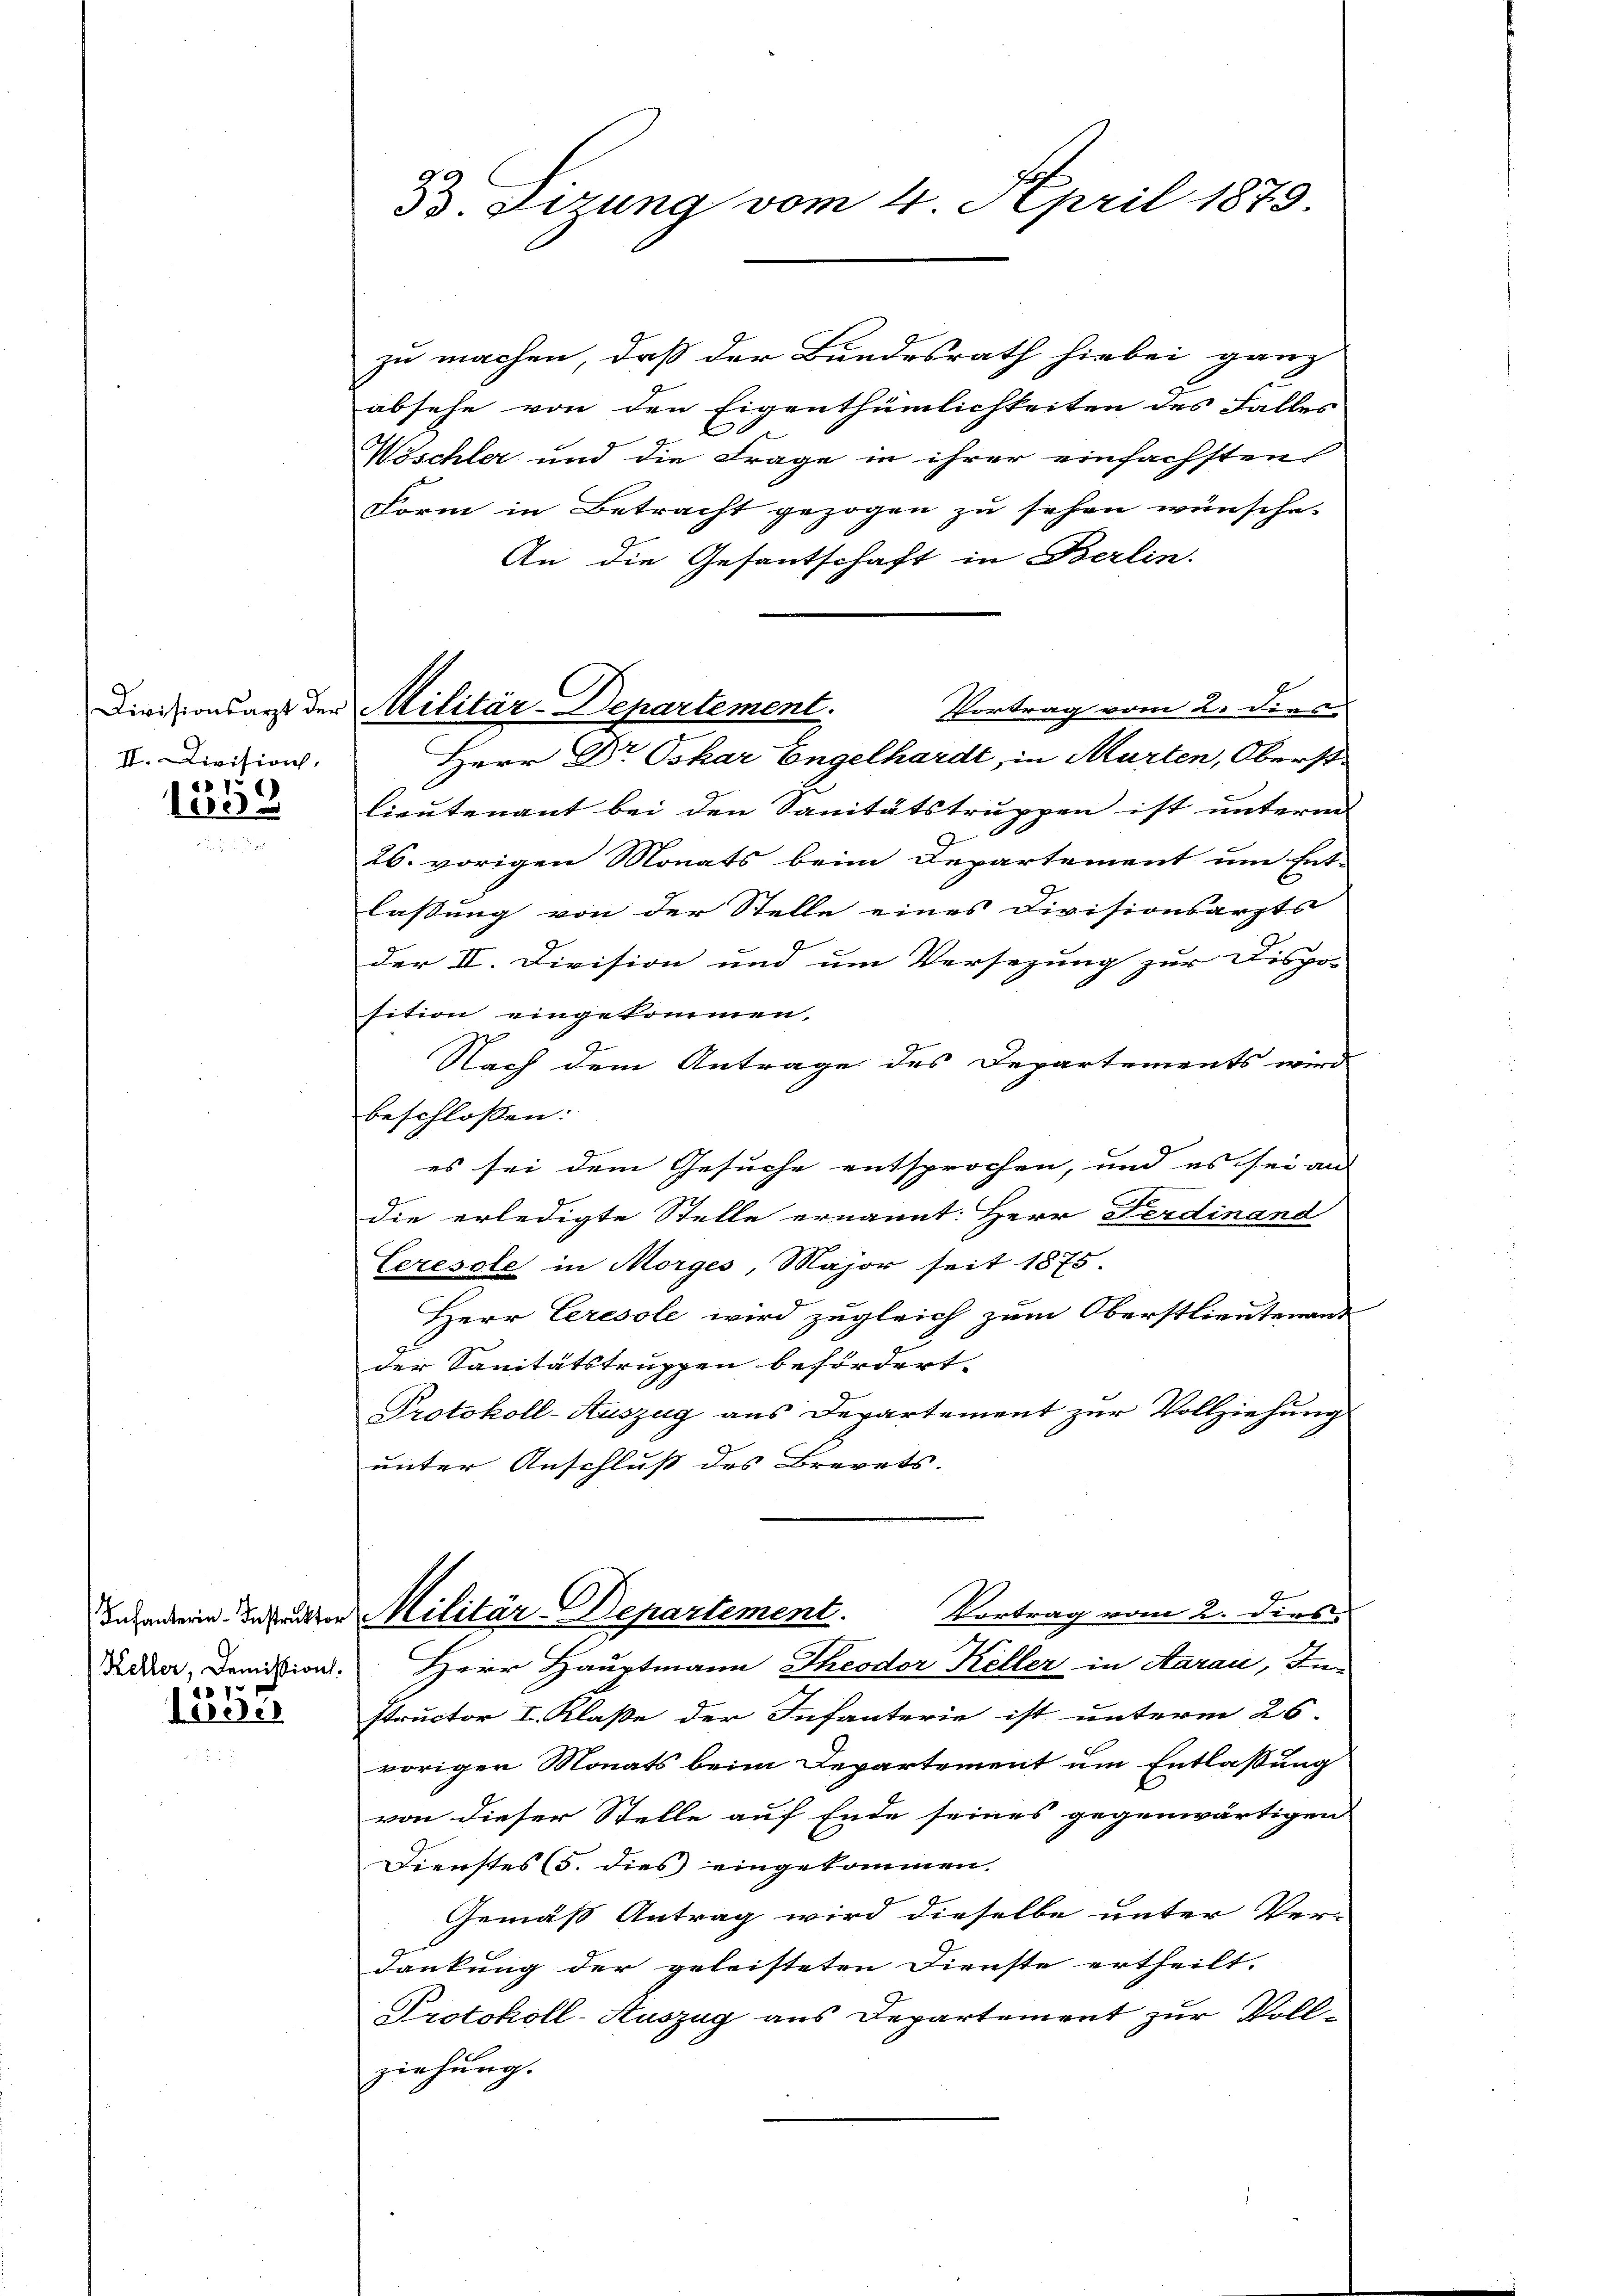
II. Division,

1559

löger

33. Tizung vom 4. April 1873.

zu machen, daß der Bundesrath hiebei ganz
absehe von den Eigenthümlichkeiten des Falles
Wöschler und die Frage in ihrer einfachsten
Form in Betracht gezogen zu sehen wünsche.
An die Gesantschaft in Berlin.
Vortrag vom 2. dies
Herr Dr. Oskar Engelhardt, in Marten, Oberst
lieutenant bei den Sanitätstruppen ist unterm
26. vorigen Monats beim Departement um Ent-
lassung von der Stelle eines Divisionsarzts
der II. Division und um Versezung zur Dispo- |
sition eingekommen.
Nach dem Antrage des Departements wird
beschlossen:
es sei dem Gesuche entsprochen, und es sei aus |
die erledigte Stelle ernannt: Herr Ferdinand
Ceresole in Morges, Major seit 1875.
Herr Ceresole wird zugleich zum Oberstlieutenans
der Sanitätstruppen befördert.
Protokoll-Auszug aus Departement zur Vollziehung
unter Anschluss des Brevets.
Vortrag vom 2. dies
Insern Insecten Militär-Departement.
Adder, Demission. Herr Hauptmann Theodor Keller in Aarau, In-
structor I. Klaße der Infanterie ist unterm 26.
vorigen Monats beim Departement um Entlassung
von dieser Stelle auf Ende seines gegenwärtigen
Dienstes (5. dies eingekommen.
Gemäß Antrag wird dieselbe unter Ver-
dankung der geleisteten Dienste ertheilt.
Protokoll-Auszug aus Departement zur Vollziehung.

Divisionsarzt der Militär-Departement.